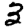
Digit: 3